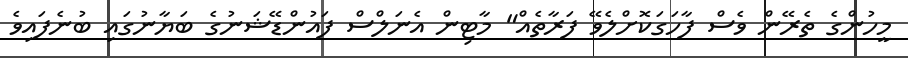
މީހުންގެ ތެރޭން ވެސް ފާހަގަކޮށްލެވޭ ފަރާތެއް" މާޓިން އެނަލްސް ފައުންޑޭޝަނުގެ ބަޔާނުގައި ބުނެފައިވެ